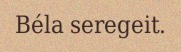
Béla seregeit.